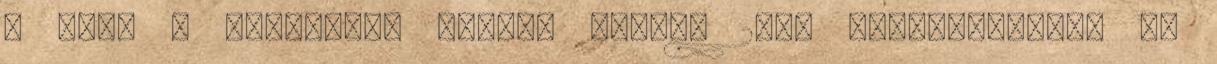
5 óta. A Microsoft Office Groove 2007 telepítésénél és